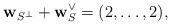
LaTeX: \begin{align*} \mathbf{w}_{S^\perp} + \mathbf{w}_S^\vee = (2,\dotsc,2),\end{align*}